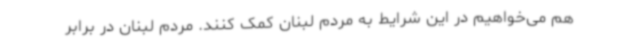
هم می‌خواهیم در این شرایط به مردم لبنان کمک کنند. مردم لبنان در برابر